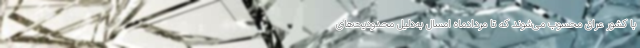
با کشور عراق محسوب می‌شوند که تا مردادماه امسال به‌دلیل محدودیت‌های